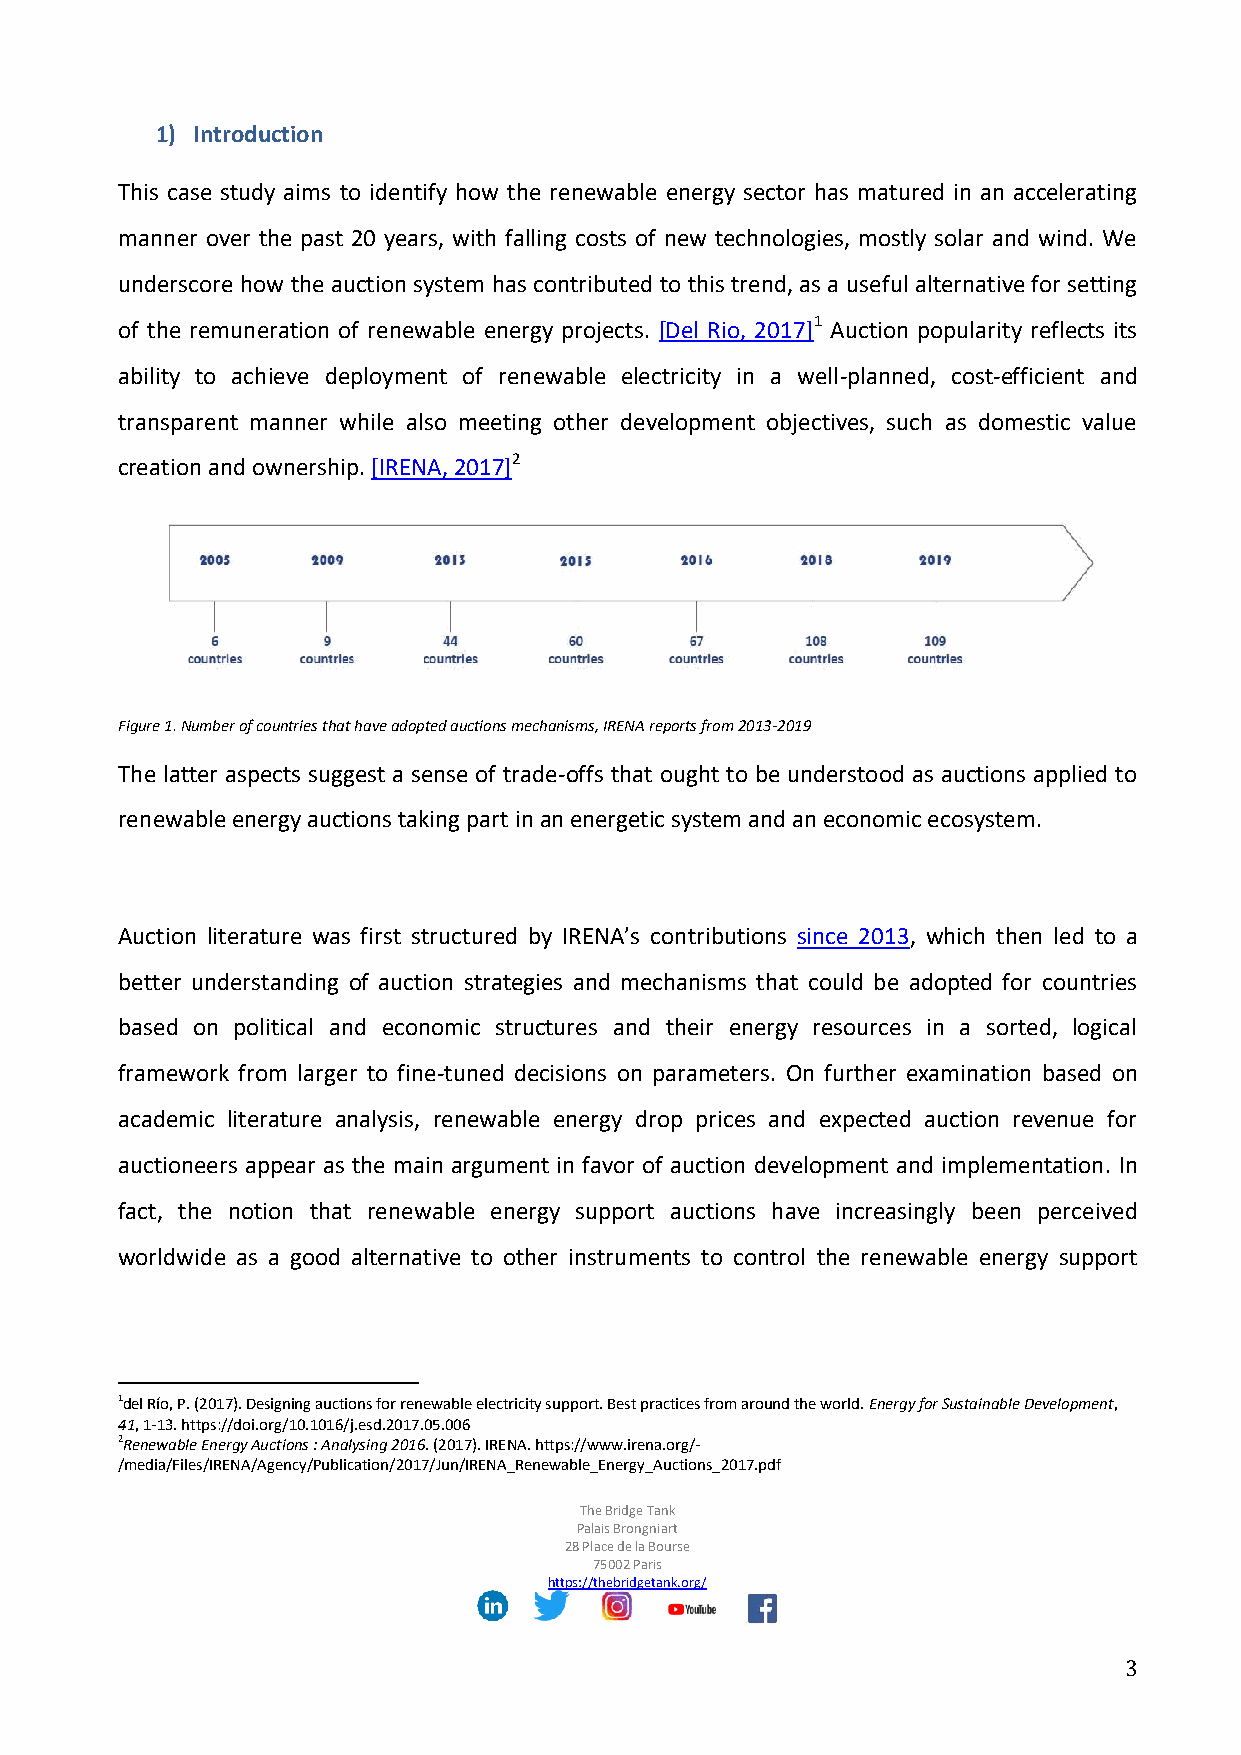
1) Introduction
 This case study aims to identify how the renewable energy sector has matured in an accelerating
 manner over the past 20 years, with falling costs of new technologies, mostly solar and wind. We
 underscore how the auction system has contributed to this trend, as a useful alternative for setting
 of the remuneration of renewable energy projects. [Del Rio, 2017]1 Auction popularity reflects its
 ability to achieve deployment of renewable electricity in a well-planned, cost-efficient and
 transparent manner while also meeting other development objectives, such as domestic value
 creation and ownership. [IRENA, 2017]2
 Figure 1. Number of countries that have adopted auctions mechanisms, IRENA reports from 2013-2019
 The latter aspects suggest a sense of trade-offs that ought to be understood as auctions applied to
 renewable energy auctions taking part in an energetic system and an economic ecosystem.
 Auction literature was first structured by IRENA’s contributions since 2013, which then led to a
 better understanding of auction strategies and mechanisms that could be adopted for countries
 based on political and economic structures and their energy resources in a sorted, logical
 framework from larger to fine-tuned decisions on parameters. On further examination based on
 academic literature analysis, renewable energy drop prices and expected auction revenue for
 auctioneers appear as the main argument in favor of auction development and implementation. In
 fact, the notion that renewable energy support auctions have increasingly been perceived
 worldwide as a good alternative to other instruments to control the renewable energy support
 1del Río, P. (2017). Designing auctions for renewable electricity support. Best practices from around the world. Energy for Sustainable Development,
 41, 1-13. https://doi.org/10.1016/j.esd.2017.05.006
 2Renewable Energy Auctions : Analysing 2016. (2017). IRENA. https://www.irena.org/-
 /media/Files/IRENA/Agency/Publication/2017/Jun/IRENA_Renewable_Energy_Auctions_2017.pdf
 The Bridge Tank
 Palais Brongniart
 28 Place de la Bourse
 75002 Paris
 https://thebridgetank.org/
 3